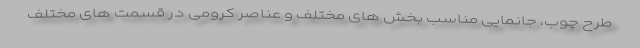
طرح چوب، جانمایی مناسب بخش های مختلف و عناصر کرومی در قسمت های مختلف